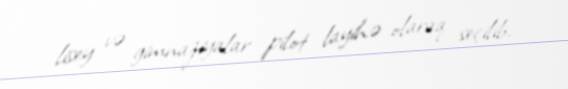
lisey və gimnaziyalar pilot layihə olaraq seçilib.